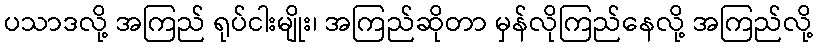
ပသာဒလို့ အကြည် ရုပ်ငါးမျိုး၊ အကြည်ဆိုတာ မှန်လိုကြည်နေလို့ အကြည်လို့